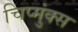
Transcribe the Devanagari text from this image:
चिप्मुंक्स